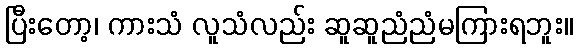
ပြီးတော့၊ ကားသံ လူသံလည်း ဆူဆူညံညံမကြားရဘူး။